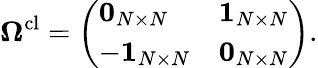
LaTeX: \boldsymbol{\Omega}^{\mathrm{cl}}=\left(\begin{array}{ll}{\boldsymbol{0}_{N\times N}}&{\boldsymbol{1}_{N\times N}}\\ {-\boldsymbol{1}_{N\times N}}&{\boldsymbol{0}_{N\times N}}\end{array}\right).